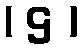
( ဌ )